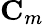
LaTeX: \textrm{\textbf{C}}_{m}